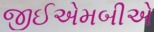
જીઈએમબીએ